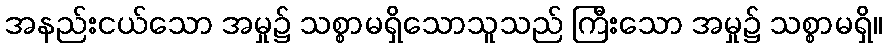
အနည်းငယ်သော အမှု၌ သစ္စာမရှိသောသူသည် ကြီးသော အမှု၌ သစ္စာမရှိ။